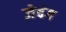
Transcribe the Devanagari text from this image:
ज़ेदंग